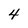
Character: 4